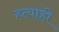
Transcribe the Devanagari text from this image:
हत्याही